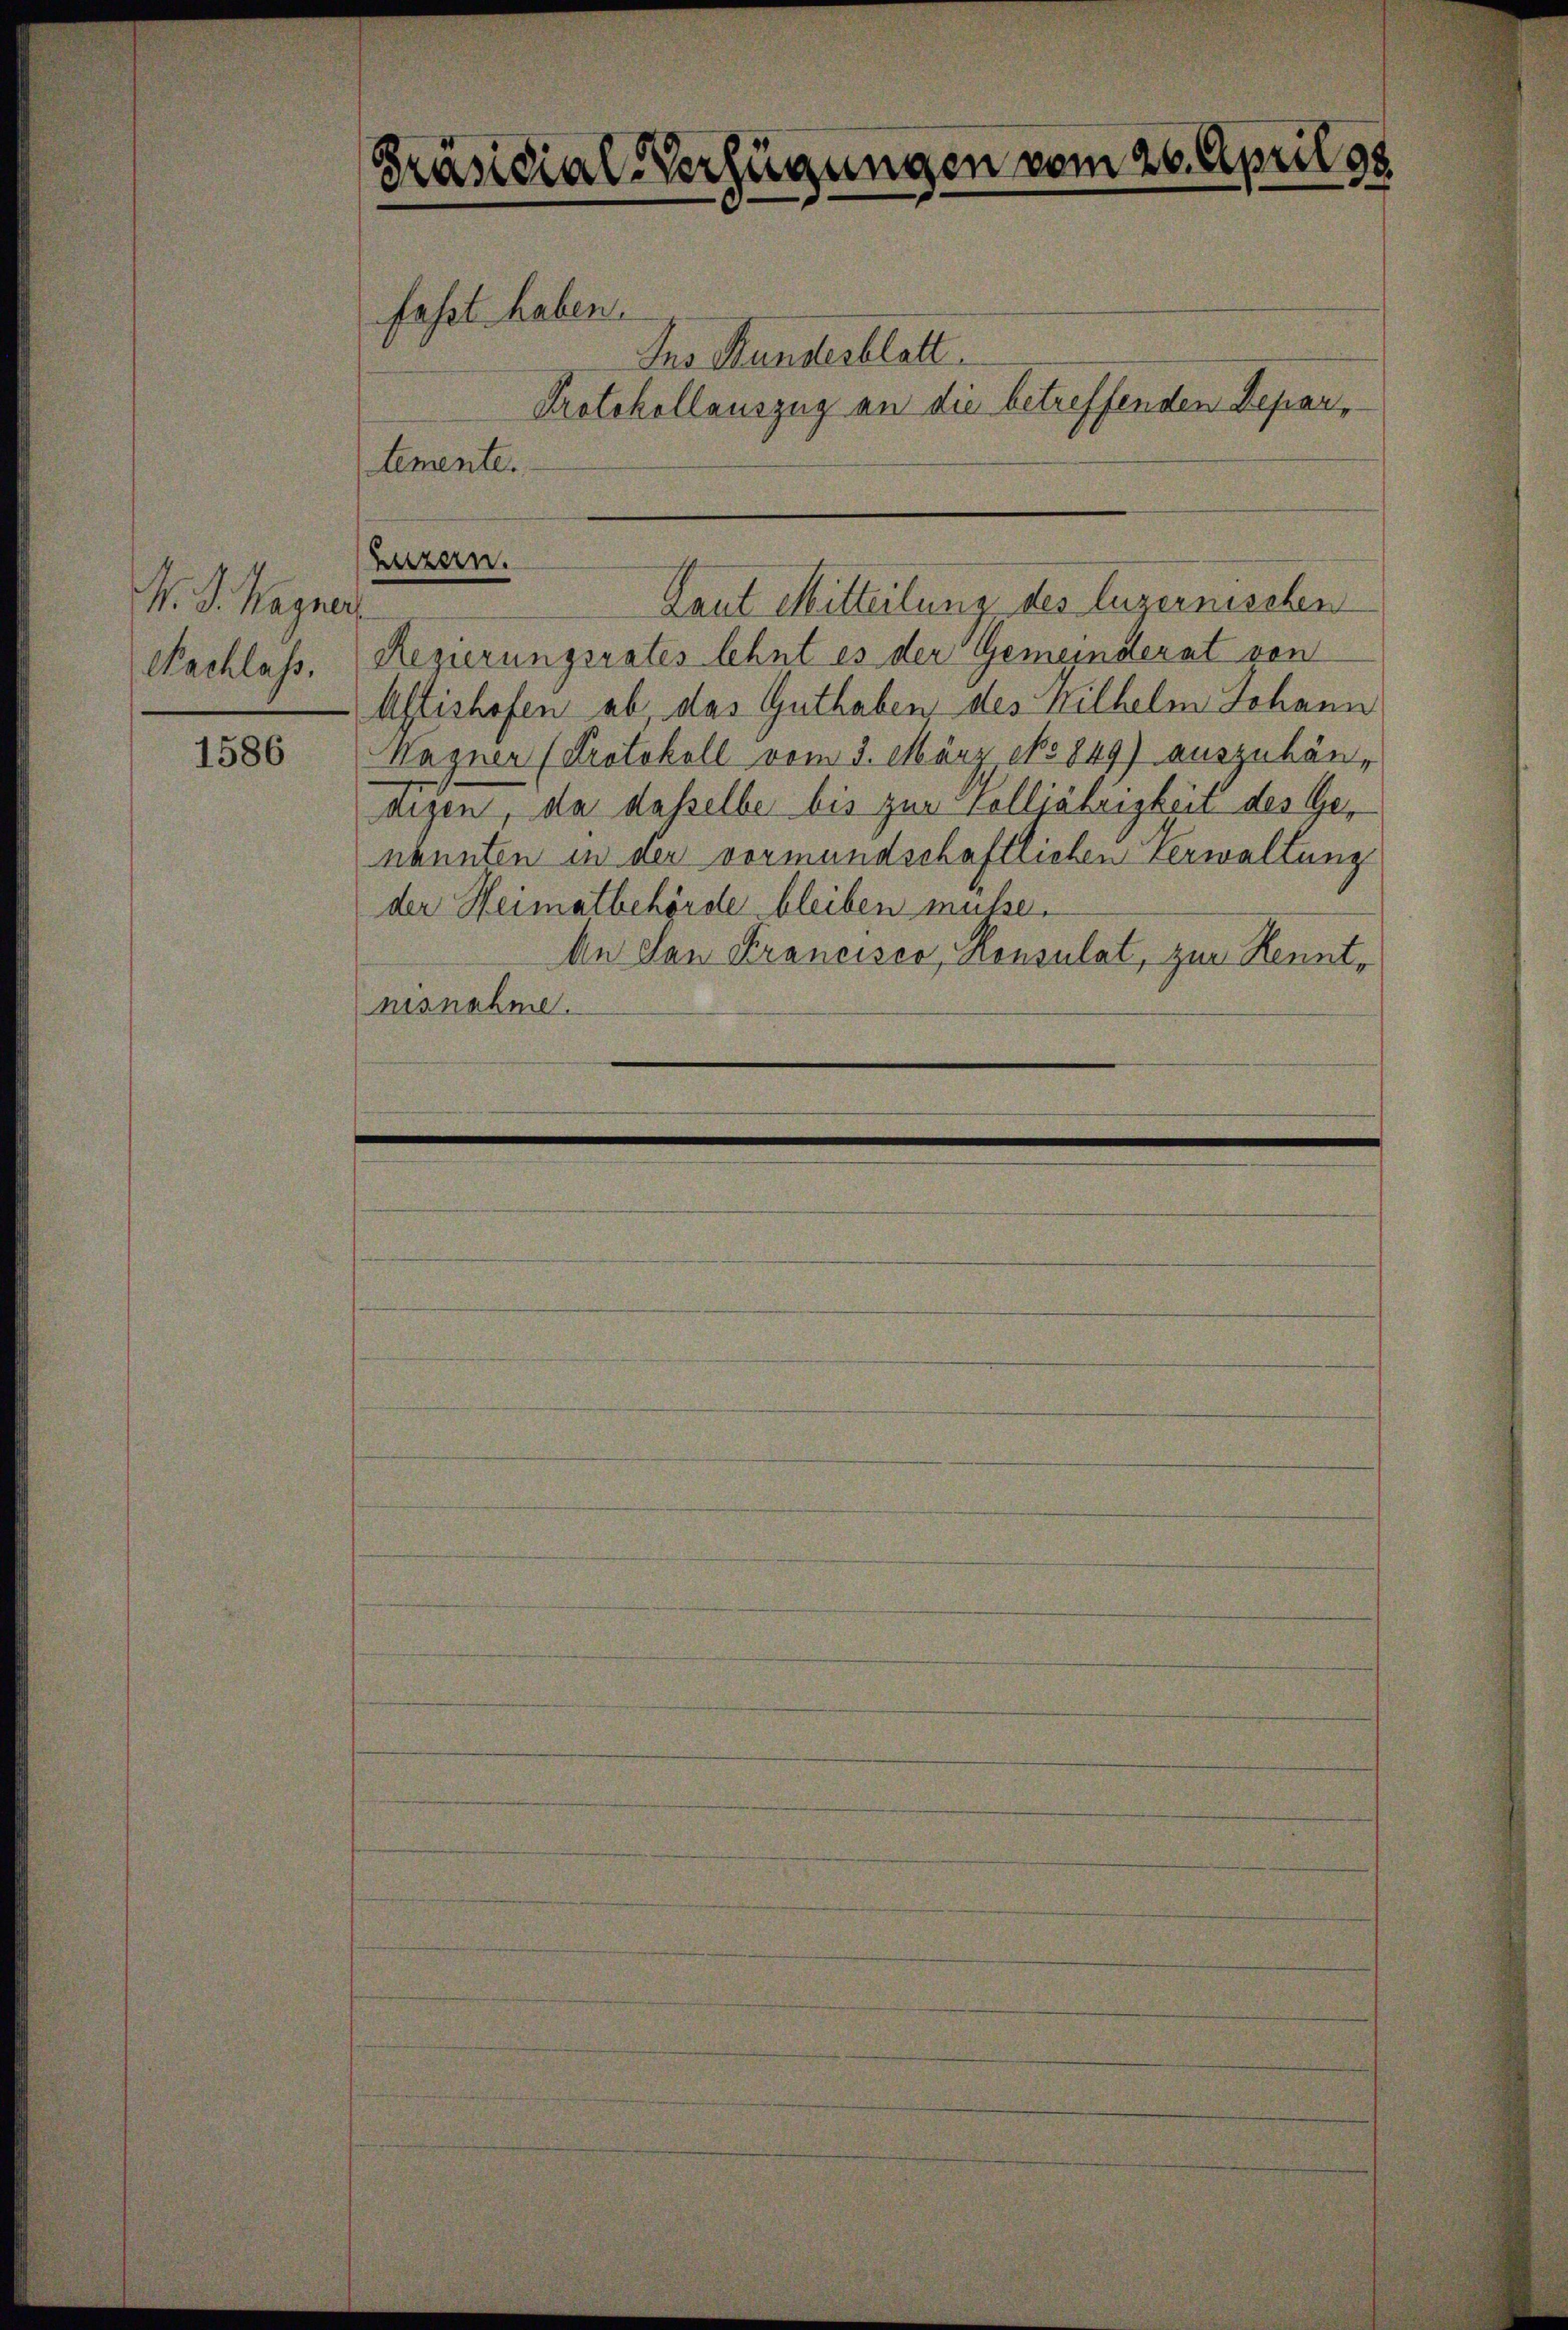
K. J. Wagner
Nachlass.

1586

Präsidial-Verfügungen vom 26. April 18
fasst haben.
Ins Stundesblatt

Protokollauszug an die betreffenden Departemente.

Regierungsrates lehnt es der Gemeinderat von
Astishofen ab, das Guthaben, des Wilhelm Johann
Wagner (Protokoll vom 3. März epo 849) auszuhäntigen, da dasselbe bis zur Volljährigkeit des Genannten in der vormundschaftlichen Verwaltung
der Heimatbehörde bleiben müße.
An den Krancisco, Konsulat, zur Kenntnisnahme.

Luzern.
Laut Mitteilung des luzernischen